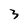
Character: 3